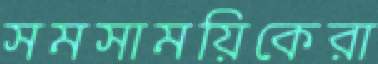
সমসাময়িকেরা